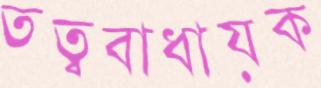
তত্ববাধায়ক